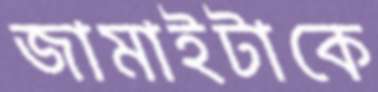
জামাইটাকে